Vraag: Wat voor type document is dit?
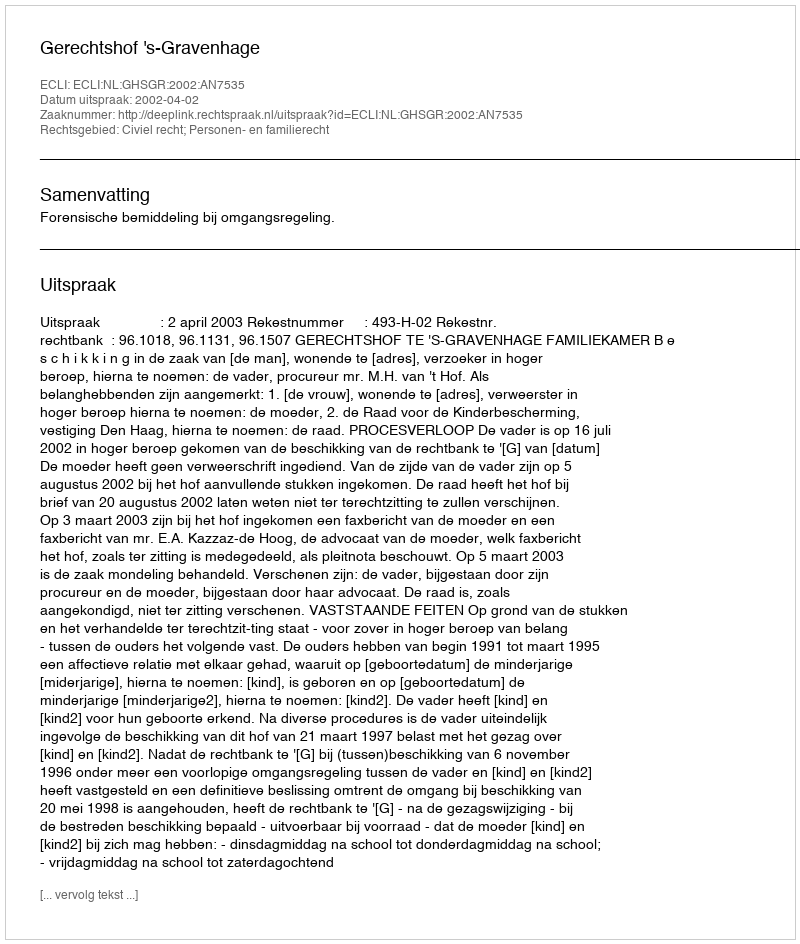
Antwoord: Uitspraak